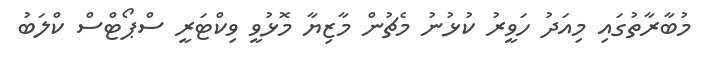
މުބާރާތުގައި މިއަދު ހަވީރު ކުޅުނު މެޗުން މާޒިޔާ މޮޅުވީ ވިކްޓަރީ ސްޕޯޓްސް ކްލަބު